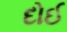
દોઈ